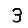
Digit: 3